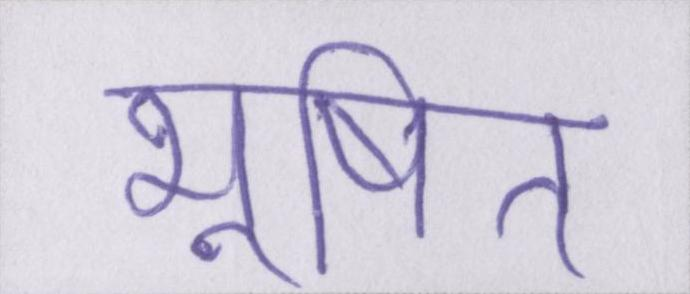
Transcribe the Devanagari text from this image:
भूषित